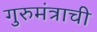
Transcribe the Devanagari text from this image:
गुरुमंत्राची